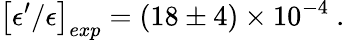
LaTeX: \left[\epsilon^{\prime}/\epsilon\right]_{exp}=\left(18\pm 4\right)\times 10^{-4}\ .